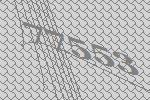
77553